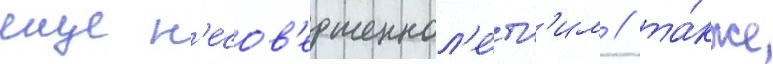
еще н'есов'ершеннол'е́тн'им / та́кже